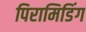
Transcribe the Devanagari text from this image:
पिरामिडिंग